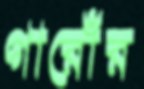
গারোঁর